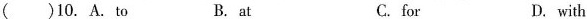
( )10. A. To B. at C.for D. with